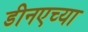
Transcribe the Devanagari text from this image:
डीनएच्या